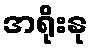
အရိုးနု